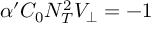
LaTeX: \alpha ^ { \prime } { \cal C } _ { 0 } { \cal N } _ { T } ^ { 2 } V _ { \bot } = - 1